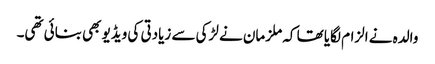
والدہ نے الزام لگایا تھا کہ ملزمان نے لڑکی سے زیادتی کی ویڈیو بھی بنائی تھی۔